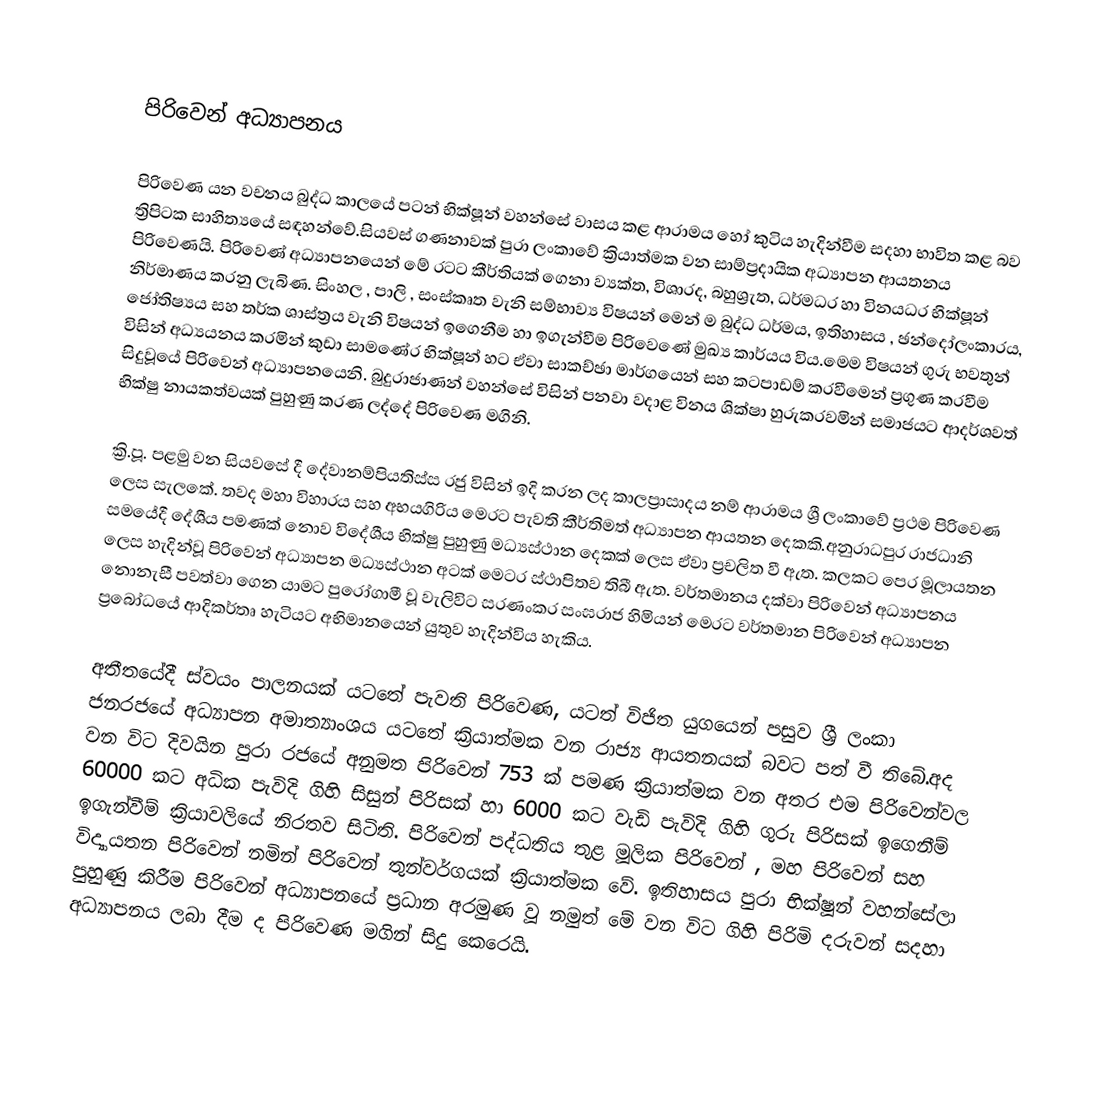

පිරිවෙන් අධ්‍යාපනය

පිරිවෙණ යන වචනය බුද්ධ කාලයේ පටන් භික්ෂූන් වහන්සේ වාසය කළ ආරාමය හෝ කුටිය හැදින්වීම සදහා භාවිත කළ බව ත්‍රිපිටක සාහිත්‍යයේ සඳහන්වේ.සියවස් ගණනාවක් පුරා ලංකාවේ ක්‍රියාත්මක වන සාම්ප්‍රදායික අධ්‍යාපන ආයතනය පිරිවෙණයි. පිරිවෙණ් අධ්‍යාපනයෙන් මේ රටට කීර්තියක් ගෙනා ව්‍යක්ත, විශාරද, බහුශ්‍රැත, ධර්මධර හා විනයධර භික්ෂූන් නිර්මාණය කරනු ලැබිණ. සිංහල , පාලි , සංස්කෘත වැනි සම්භාව්‍ය විෂයන් මෙන් ම බුද්ධ ධර්මය, ඉතිහාසය , ඡන්දෝලංකාරය, ජෝතිෂ්‍යය සහ තර්ක ශාස්ත්‍රය වැනි විෂයන් ඉගෙනීම හා ඉගැන්වීම පිරිවෙණේ මුඛ්‍ය කාර්යය විය.මෙම විෂයන් ගුරු භවතුන් විසින් අධ්‍යයනය කරමින් කුඩා සාමණේර භික්ෂූන් හට ඒවා සාකච්ඡා මාර්ගයෙන් සහ කටපාඩම් කරවීමෙන් ප්‍රගුණ කරවීම සිදුවූයේ පිරිවෙන් අධ්‍යාපනයෙනි. බුදුරාජාණන් වහන්සේ විසින් පනවා වදාළ විනය ශික්ෂා හුරුකරවමින් සමාජයට ආදර්ශවත් භික්ෂු නායකත්වයක් පුහුණු කරණ ලද්දේ පිරිවෙණ මගිනි.

ක්‍රි.පූ. පළමු වන සියවසේ දී දේවානම්පියතිස්ස රජු විසින් ඉදි කරන ලද කාලප්‍රාසාදය නම් ආරාමය ශ්‍රී ලංකාවේ ප්‍රථම පිරිවෙණ ලෙස සැලකේ. තවද මහ‍ා විහාරය සහ අභයගිරිය මෙරට පැවති කීර්තිමත් අධ්‍යාපන ආයතන දෙකකි.අනුරාධපුර රාජධානි සමයේදී දේශීය පමණක් නොව විදේශීය භික්ෂු පුහුණු මධ්‍යස්ථාන දෙකක් ලෙස ඒවා ප්‍රචලිත වී ඇත. කලකට පෙර මූලායතන ලෙස හැදින්වූ පිරිවෙන් අධ්‍යාපන මධ්‍යස්ථාන අටක් මෙටර ස්ථාපිතව තිබී ඇත. වර්තමානය දක්වා පිරිවෙන් අධ්‍යාපනය නොනැසී පවත්වා ගෙන යාමට පුරෝගාමී වූ වැලිවිට සරණංකර සංඝරාජ හිමියන් මෙරට වර්තමාන පිරිවෙන් අධ්‍යාපන ප්‍රබෝධයේ ආදිකර්තෘ හැටියට අභිමානයෙන් යුතුව හැදින්විය හැකිය.

අතීතයේදී ස්වයං පාලනයක් යටතේ පැවති පිරිවෙණ, යටත් විජිත යුගයෙන් පසුව ශ්‍රී ලංකා ජනරජයේ අධ්‍යාපන අමාත්‍යාංශය යටතේ ක්‍රියාත්මක වන රාජ්‍ය ආයතනයක් බවට පත් වී තිබේ.අද වන විට දිවයින පුරා රජයේ අනුමත පිරිවෙන් 753 ක් පමණ ක්‍රියාත්මක වන අතර එම පිරිවෙන්වල 60000 කට අධික පැවිදි ගිහි සිසුන් පිරිසක් හා 6000 කට වැඩි පැවිදි ගිහි ගුරු පිරිසක් ඉගෙනීම් ඉගැන්වීම් ක්‍රියාවලියේ නිරතව සිටිති. පිරිවෙන් පද්ධතිය තුළ මූලික පිරිවෙන් , මහ පිරිවෙන් සහ විද්‍යායතන පිරිවෙන් නමින් පිරිවෙන් තුන්වර්ගයක් ක්‍රියාත්මක වේ. ඉතිහාසය පුරා භික්ෂූන් වහන්සේලා පුහුණු කිරීම පිරිවෙන් අධ්‍යාපනයේ ප්‍රධාන අරමුණ වූ නමුත් මේ වන විට ගිහි පිරිමි දරුවන් සදහා අධ්‍යාපනය ලබා දීම ද පිරිවෙණ මගින් සිදු කෙරෙයි.